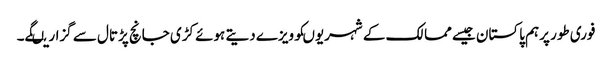
فوری طور پرہم پاکستان جیسے ممالک کے شہریوںکوویزے دیتے ہوئے کڑی جانچ پڑتال سے گزاریںگے۔